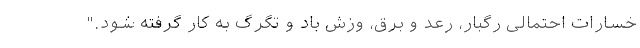
خسارات احتمالی رگبار، رعد و برق، وزش باد و تگرگ به کار گرفته شود."